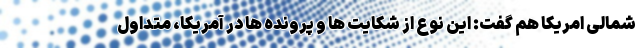
شمالی امریکا هم گفت: این نوع از شکایت ها و پرونده ها در آمریکا، متداول